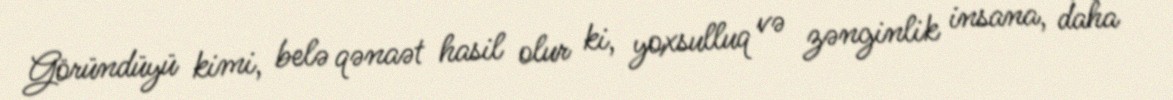
Göründüyü kimi, belə qənaət hasil olur ki, yoxsulluq və zənginlik insana, daha